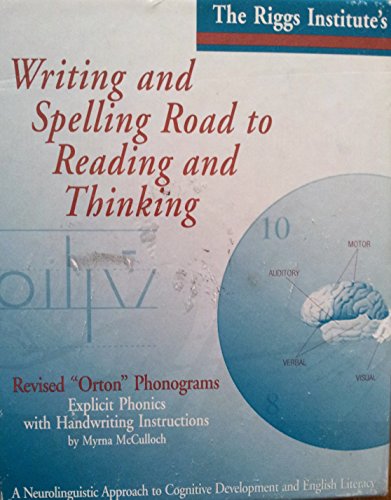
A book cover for The Riggs Institute's Writing and Spelling Road to Reading and Thinking; Myrna McCulloch; Reference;